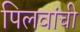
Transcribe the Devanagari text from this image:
पिलवांची